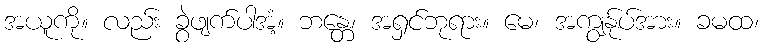
အယူကို။ လည်း ခွဲဖျက်ပါအံ့။ ဘန္တေ၊ အရှင်ဘုရား။ မေ၊ အကျွန်ုပ်အား။ ခမထ၊